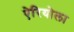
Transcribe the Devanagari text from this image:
ऐरियोला